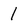
Character: 1